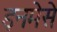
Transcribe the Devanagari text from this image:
इनमेसे